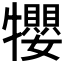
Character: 𤜉